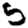
Digit: 5